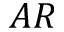
A R